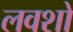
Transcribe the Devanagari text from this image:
लवशो